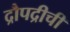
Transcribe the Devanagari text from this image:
द्रौपद्रीची